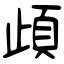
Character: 頉